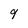
Character: 9